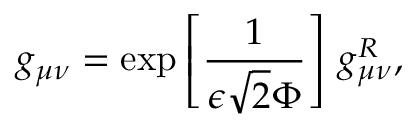
g _ { \mu \nu } = \exp \left[ \frac { 1 } { \epsilon \sqrt { 2 } \Phi } \right] \, g _ { \mu \nu } ^ { R } ,